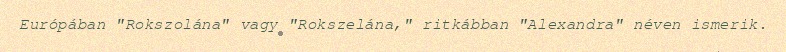
Európában "Rokszolána" vagy "Rokszelána," ritkábban "Alexandra" néven ismerik.